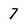
Character: 7